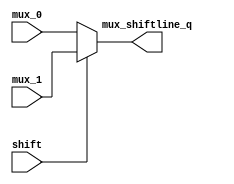
`timescale 1ns / 1ps
//////////////////////////////////////////////////////////////////////////////////
// Company: 
// Engineer: 
// 
// Design Name: 
// Module Name: mux_shiftline
// Project Name: 
// Target Devices: 
// Tool Versions: 
// Description: 
// 
// Dependencies: 
// 
// Revision:
// Revision 0.01 - File Created
// Additional Comments:
// 
//////////////////////////////////////////////////////////////////////////////////


module mux_shiftline(
    input shift,
    input[31:0] mux_0,
    input[31:0] mux_1,
    output[31:0] mux_shiftline_q
    );

    assign mux_shiftline_q = shift? mux_1 : mux_0;

endmodule